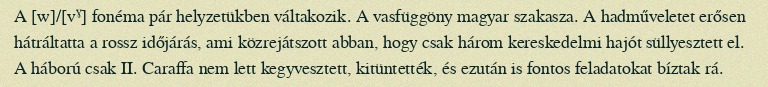
A [w]/[vˠ] fonéma pár helyzetükben váltakozik. A vasfüggöny magyar szakasza. A hadműveletet erősen hátráltatta a rossz időjárás, ami közrejátszott abban, hogy csak három kereskedelmi hajót süllyesztett el. A háború csak II. Caraffa nem lett kegyvesztett, kitüntették, és ezután is fontos feladatokat bíztak rá.